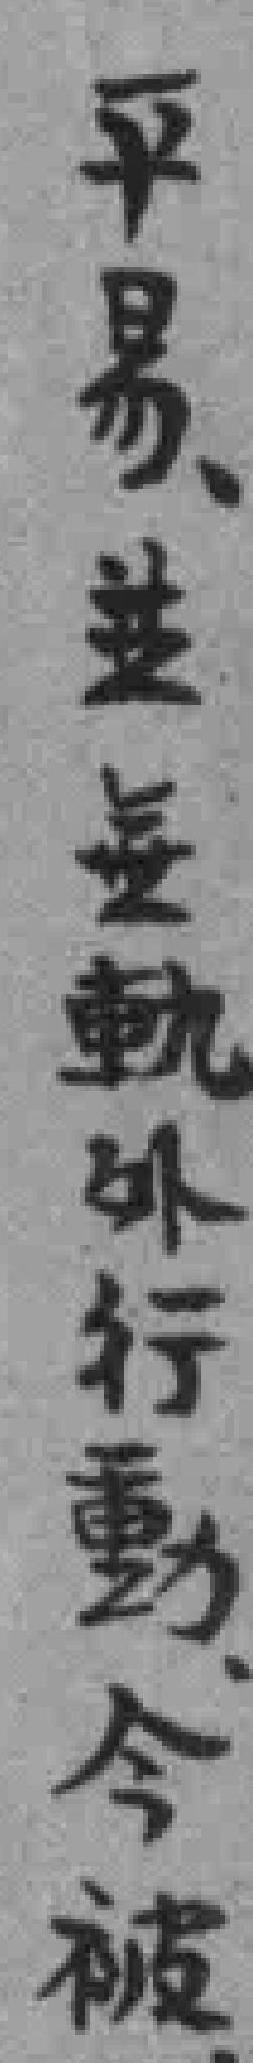
平易並無軌外行動今被